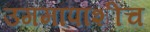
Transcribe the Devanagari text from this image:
उगमापाशीच